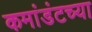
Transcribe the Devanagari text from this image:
कमांडंटच्या